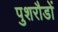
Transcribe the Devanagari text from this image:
पुशरौडों